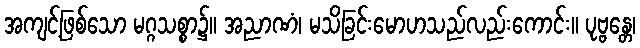
အကျင့်ဖြစ်သော မဂ္ဂသစ္စာ၌။ အညာဏံ၊ မသိခြင်းမောဟသည်လည်းကောင်း။ ပုဗ္ဗန္တေ၊